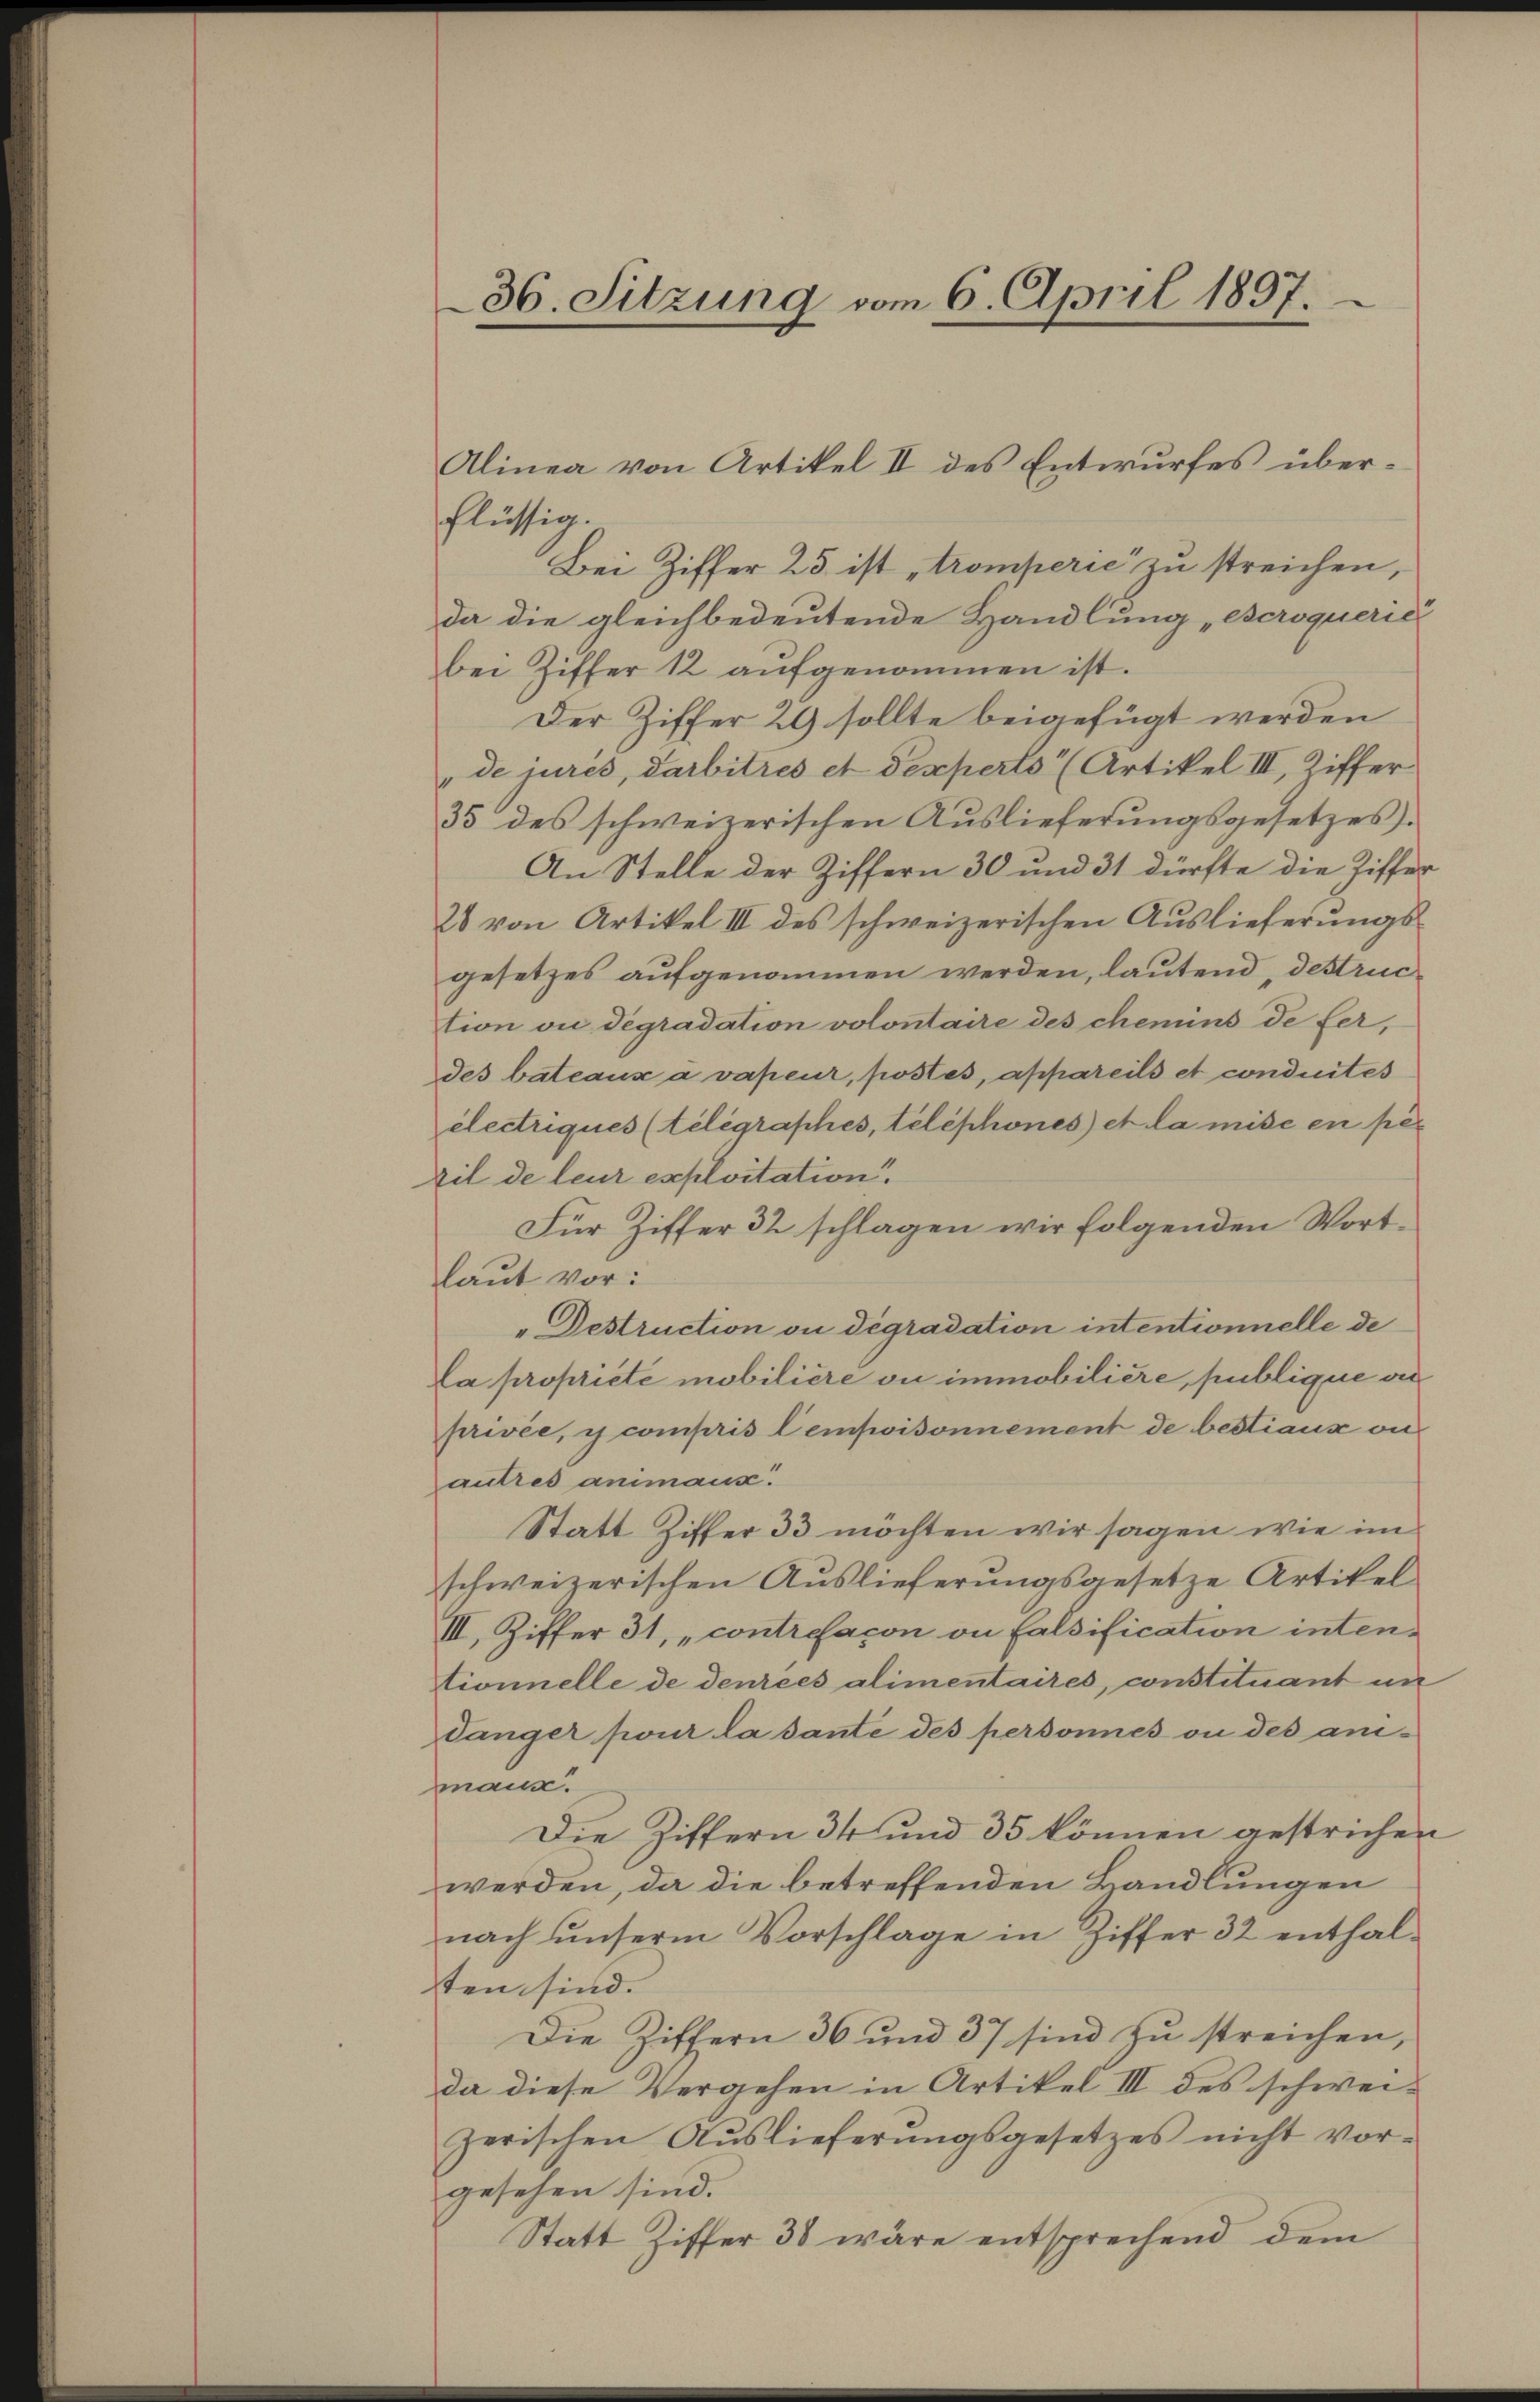
flüssig.
Bei Ziffer 23 ist „tromperie zu streichen,
da die gleichbedeutende Handlung „Bscroqueric
bei Ziffer 12 aŭfgenommen ist.
Der Ziffer 29 sollte beigefügt werden
"de jures, darbitres et Dexperto (Artikel III, Ziffer
35 des schweizerischen Auslieferungsgesetzes.
An Stelle der Ziffern 30 und 31 dürfte die Ziffer
20 von Artikel III des schweizerischen Auslieferungsgesetzes aufgenommen werden, lautend, destruction ou dégradation volontaire des chemins de fer,
des bateaux à vapeur, postes, appareils et conduites
electriques (telegraphes, telephones) et la mise en per
zil de leur exploitation.
Für Ziffer 32 schlagen wir folgenden Wortlaut vor:
Destruction ou dégradation intentionnelle de
La propriete mobilière ou immobiliere, publique vie
privée, y compris Cempoisonnement de bestiaux ou
autres animaus.
Statt Ziffer 33 möchten wir sagen wie im
schweizerischen Auslieferungsgesetze Artikel
III. Ziffer 31, „contrefacon an Falsification intentionnelle de denrées alimentaires, constituant in
dänger pour la sante des personnes ou des an-
mann.
Die Ziffern 34 und 35 können gestrichen
werden, da die betreffenden Handlungen
nach unserm Vorschlage in Ziffer 32 enthalten sind.
Die Ziffern 36 und 37 sind zu streichen,
da diese Vergehen in Artikel III des schweizerischen Auslieferungsgesetzes nicht vorgesehen sind.
Statt Ziffer 38 wäre entsprechend dem

36. Sitzung vom 6. April 1897.

Alinea von Artikel II des Entwurfes über¬